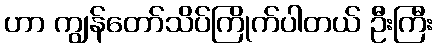
ဟာ ကျွန်တော်သိပ်ကြိုက်ပါတယ် ဦးကြီး